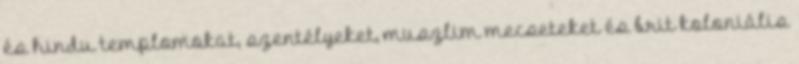
és hindu templomokat, szentélyeket, muszlim mecseteket és brit koloniális